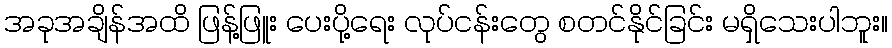
အခုအချိန်အထိ ဖြန့်ဖြူး ပေးပို့ရေး လုပ်ငန်းတွေ စတင်နိုင်ခြင်း မရှိသေးပါဘူး။